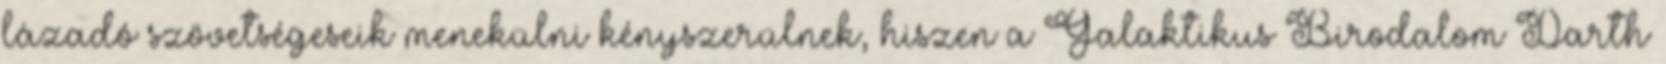
lázadó szövetségeseik menekülni kényszerülnek, hiszen a Galaktikus Birodalom Darth